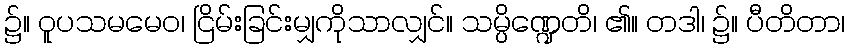
၌။ ဝူပသမမေဝ၊ ငြိမ်းခြင်းမျှကိုသာလျှင်။ သမ္ပိဏ္ဍေတိ၊ ၏။ တဒါ၊ ၌။ ပီတိတာ၊